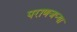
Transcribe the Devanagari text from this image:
पराणजप्या